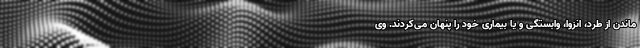
ماندن از طرد، انزوا، وابستگی و یا بیماری خود را پنهان می‌کردند. وی